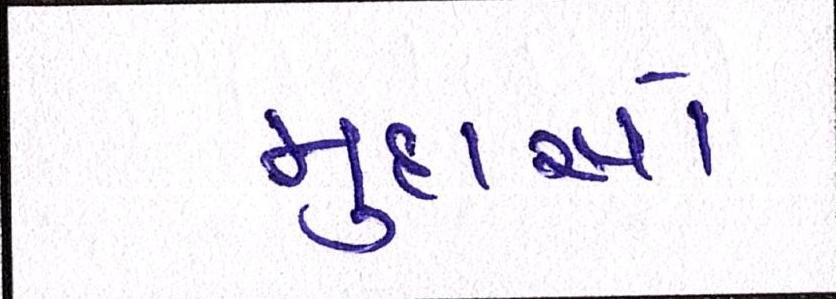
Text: મુદ્દાઓ